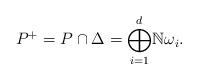
LaTeX: \begin{align*}P^{+}=P\cap\Delta={\bigoplus\limits_{i=1}^{d}}\mathbb{N\omega}_{i}.\end{align*}